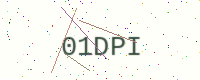
Text: 01DPI